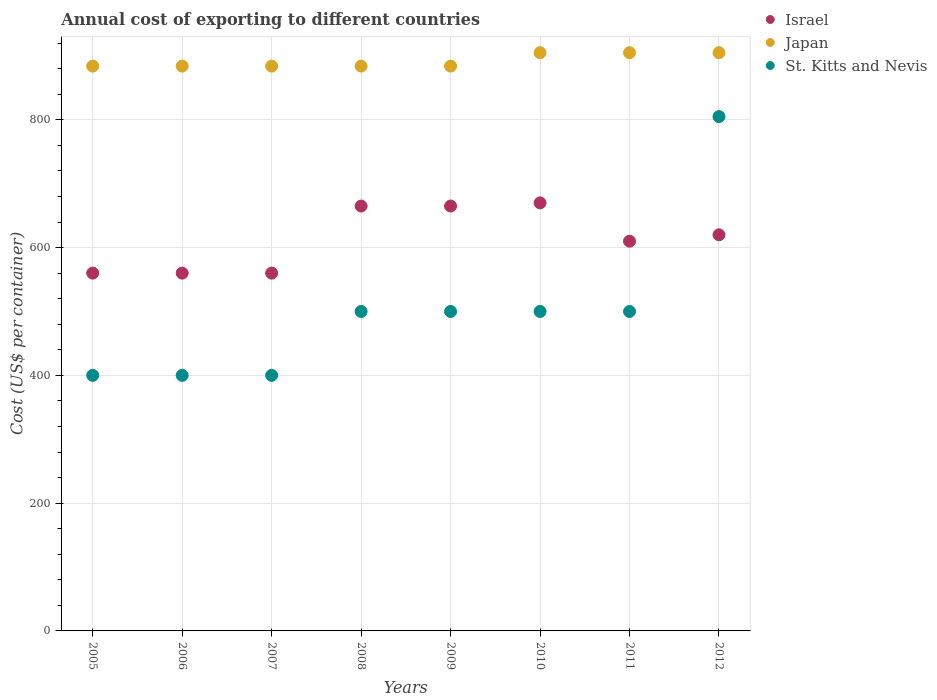
| Years | Israel | Japan | St. Kitts and Nevis |
 | --- | --- | --- | --- |
 | 2005 | 560 | 884 | 400 |
 | 2006 | 560 | 884 | 400 |
 | 2007 | 560 | 884 | 400 |
 | 2008 | 665 | 884 | 500 |
 | 2009 | 665 | 884 | 500 |
 | 2010 | 670 | 905 | 500 |
 | 2011 | 610 | 905 | 500 |
 | 2012 | 620 | 905 | 805 |